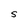
Character: S